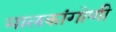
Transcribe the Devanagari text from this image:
मालकांगोणी